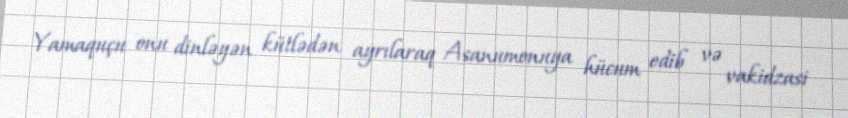
Yamaquçu onu dinləyən kütlədən ayrılaraq Asanumonuya hücum edib və vakidzasi